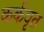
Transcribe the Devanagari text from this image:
कर्कवृत